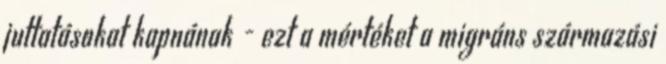
juttatásokat kapnának - ezt a mértéket a migráns származási